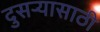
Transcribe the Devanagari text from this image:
दुसर्‍यासाठी